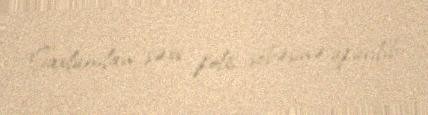
Saxlanılan şəxs polis şöbəsinə aparılıb.